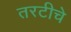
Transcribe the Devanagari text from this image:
तरटीचे